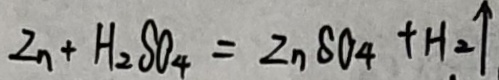
Z n + H _ { 2 } S O _ { 4 } = Z n S O _ { 4 } + H _ { 2 } \uparrow